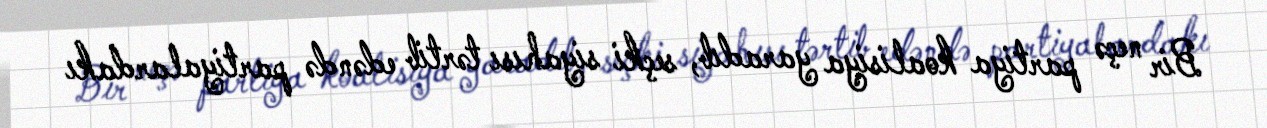
Bir neçə partiya koalisiya yaradıb, seçki siyahısı tərtib edəndə partiyalardakı